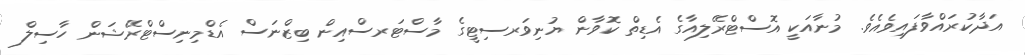
އަދާކުރައްވާފައިވެއެވެ. މުނާއަކީ އޮސްޓްރޭލިއާގެ އެޑިތް ކޮވާން ޔުނިވަރސިޓީގެ މާސްޓަރސްއިން ބިޒްނަސް އެޑްމިނިސްޓްރޭޝަން ހާސިލް